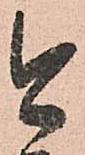
今